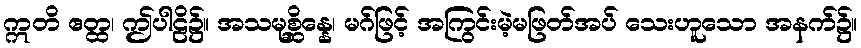
ဣတိ ဧတ္ထ၊ ဤပါဠိ၌။ အသမုစ္ဆိန္နေ၊ မဂ်ဖြင့် အကြွင်းမဲ့မဖြတ်အပ် သေးဟူသော အနက်၌။